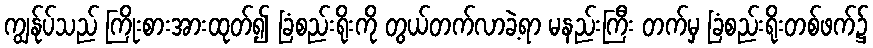
ကျွန်ုပ်သည် ကြိုးစားအားထုတ်၍ ခြံစည်းရိုးကို တွယ်တက်လာခဲ့ရာ မနည်းကြီး တက်မှ ခြံစည်းရိုးတစ်ဖက်၌